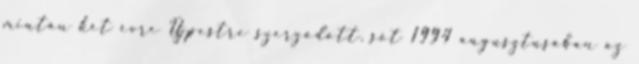
miután két évre Újpestre szerződött, sőt 1994 augusztusában az